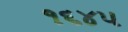
૧૬૪૫